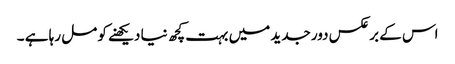
اس کے برعکس دور جدید میں بہت کچھ نیا دیکھنے کو مل رہا ہے ۔